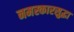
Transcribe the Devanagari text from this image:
नमस्कारसुद्धा